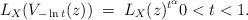
LaTeX: \begin{align*}L_X(V_{-\ln t}(z))\;=\;L_X(z)^{t^{\alpha}}0< t< 1.\end{align*}